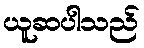
ယူဆပါသည်